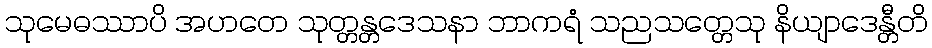
သုမေဓဿာပိ အဟတေ သုတ္တန္တဒေသနာ ဘာကရံ သညသတ္တေသု နိယျာဒေန္တီတိ